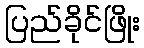
ပြည်ခိုင်ဖြိုး